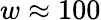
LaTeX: w\approx 100